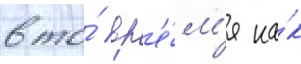
в то́ вр'е́м'я ка́к